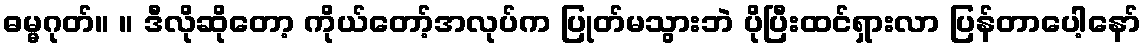
ဓမ္မဂုတ်။ ။ ဒီလိုဆိုတော့ ကိုယ်တော့်အလုပ်က ပြုတ်မသွားဘဲ ပိုပြီးထင်ရှားလာ ပြန်တာပေါ့နော်